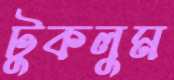
টুকলুম